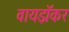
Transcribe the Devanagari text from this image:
वायझॅकर